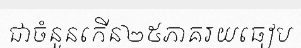
ជាចំនួនកើន២៥ភាគរយធៀប